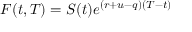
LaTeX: F ( t , T ) = S ( t ) e ^ { ( r + u - q ) ( T - t ) }